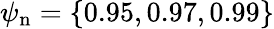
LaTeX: \psi_{\mathrm{n}}=\{ 0.95,0.97,0.99\}